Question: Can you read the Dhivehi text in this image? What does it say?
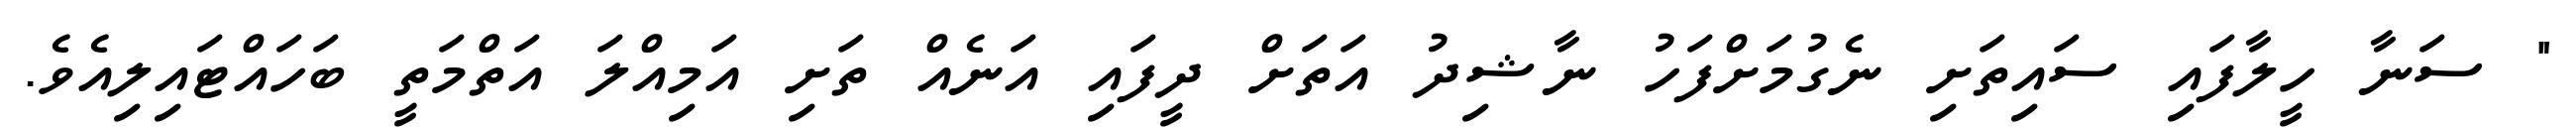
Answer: " ސަނާ ހީލާފައި ސައިތަށި ނެގުމަށްފަހު ނާޝިދު އަތަށް ދީފައި އަނެއް ތަށި އަމިއްލަ އަތްމަތީ ބަހައްޓައިލިއެވެ.